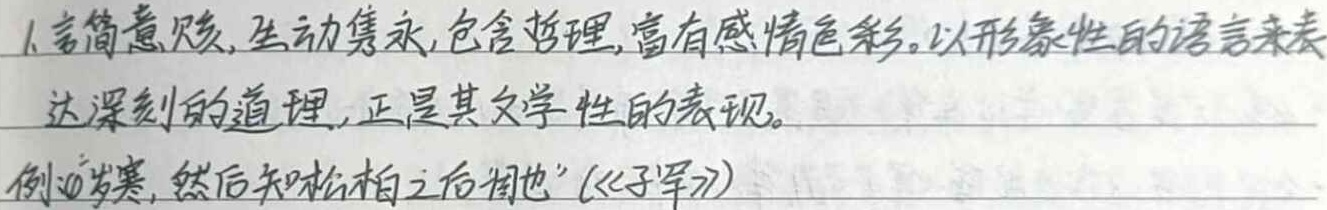
1. 言简意赅，生动隽永，包含哲理，富有感情色彩。以形象性的语言来表达深刻的道理，正是其文学性的表现。例如“岁寒，然后知松柏之后凋也”（《子罕》）